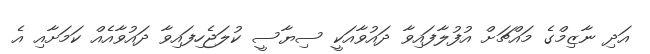
އަދި ނާޒިމްގެ މައްޗަށް އުފުލާފައިވާ ދައުވާއަކީ ސިޔާސީ ކުލަޖެހިފައިވާ ދައުވާއެއް ކަމަށާއި އެ